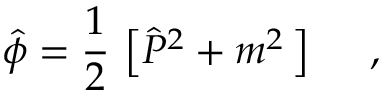
\hat { \phi } = \frac { 1 } { 2 } \, \left[ \hat { P } ^ { 2 } + m ^ { 2 } \, \right] \ \ \ \ ,